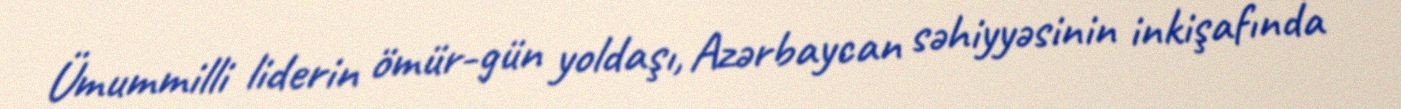
Ümummilli liderin ömür-gün yoldaşı, Azərbaycan səhiyyəsinin inkişafında